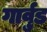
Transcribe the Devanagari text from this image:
गार्वुड